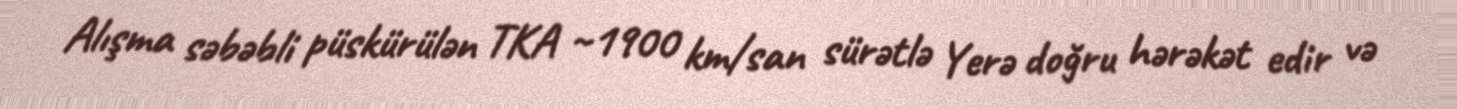
Alışma səbəbli püskürülən TKA ~1900 km/san sürətlə Yerə doğru hərəkət edir və